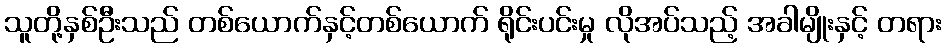
သူတို့နှစ်ဦးသည် တစ်ယောက်နှင့်တစ်ယောက် ရိုင်းပင်းမှု လိုအပ်သည့် အခါမျိုးနှင့် တရား